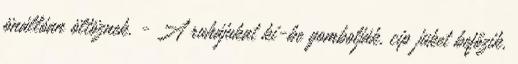
önállóan öltöznek. - A ruhájukat ki-be gombolják, cipıjüket befőzik,